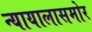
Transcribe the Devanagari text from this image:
न्यायालासमोर